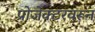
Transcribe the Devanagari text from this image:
प्रोजेक्टरवरून